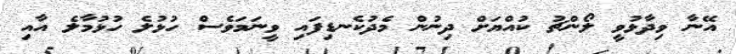
އޭނާ ވިދާޅުވީ ލޯންޗު ކުއްޔަށް ދިނުން މެދުކެނޑިފައި ވީނަމަވެސް ހުޅުލެ ހުޅުމާލެ އާއި